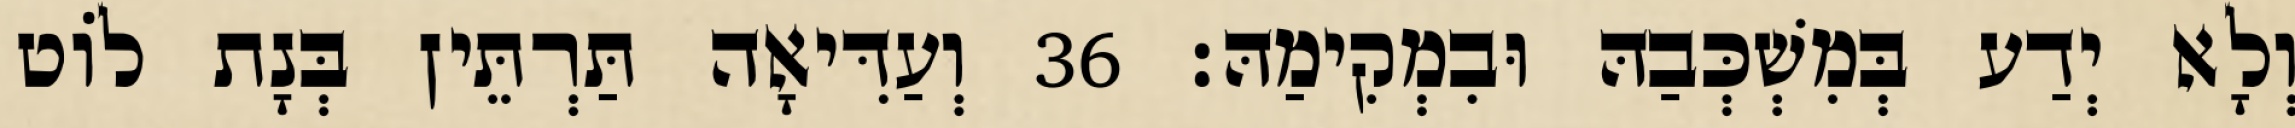
וְלָא יְדַע בְּמִשְׁכְּבַהּ וּבִמְקִימַהּ׃ 36 וְעַדִּיאָה תַּרְתֵּין בְּנָת לוֹט